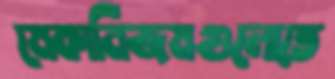
মেকানিজমগুলোতে